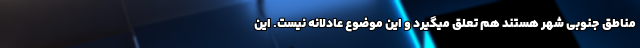
مناطق جنوبی شهر هستند هم تعلق میگیرد و این موضوع عادلانه نیست. این